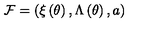
{ \cal F } = \left( \xi \left( \theta \right) , \Lambda \left( \theta \right) , a \right)